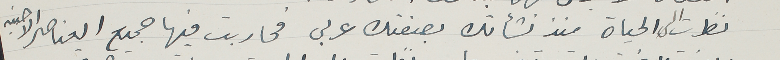
نظرت الى الحياة منذ نشأتك بصفتك عربى فحاربت فيها جميع العناصر الاجنبيه